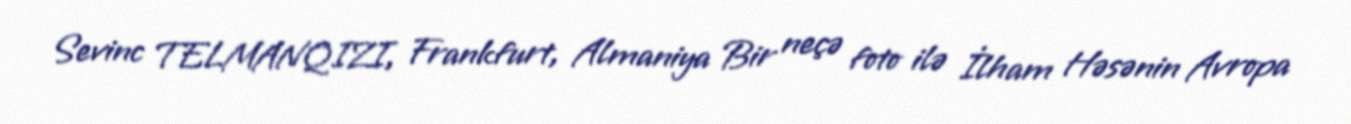
Sevinc TELMANQIZI, Frankfurt, Almaniya Bir neçə foto ilə İlham Həsənin Avropa